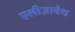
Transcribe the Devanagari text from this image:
एलीज़ाबेथ